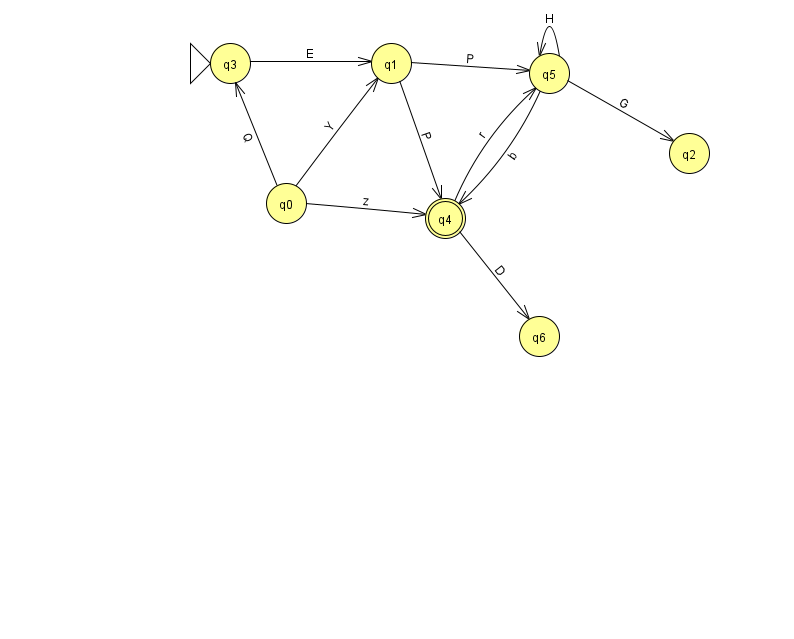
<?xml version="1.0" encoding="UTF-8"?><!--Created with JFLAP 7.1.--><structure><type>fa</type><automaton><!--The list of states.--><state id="0" name="q0"><x>286.0</x><y>190.0</y></state><state id="1" name="q1"><x>391.0</x><y>50.0</y></state><state id="2" name="q2"><x>689.0</x><y>140.0</y></state><state id="3" name="q3"><x>230.0</x><y>50.0</y><initial/></state><state id="4" name="q4"><x>445.0</x><y>205.0</y><final/></state><state id="5" name="q5"><x>549.0</x><y>60.0</y></state><state id="6" name="q6"><x>539.0</x><y>323.0</y></state><!--The list of transitions.--><transition><from>4</from><to>5</to><read>r</read></transition><transition><from>5</from><to>4</to><read>b</read></transition><transition><from>0</from><to>1</to><read>Y</read></transition><transition><from>0</from><to>3</to><read>Q</read></transition><transition><from>4</from><to>6</to><read>D</read></transition><transition><from>5</from><to>5</to><read>H</read></transition><transition><from>1</from><to>5</to><read>P</read></transition><transition><from>3</from><to>1</to><read>E</read></transition><transition><from>1</from><to>4</to><read>P</read></transition><transition><from>5</from><to>2</to><read>G</read></transition><transition><from>0</from><to>4</to><read>z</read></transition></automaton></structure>